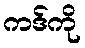
ကဒ်ကို